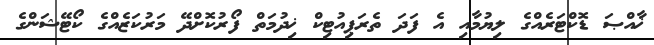
ޚާއްޞަ ޑޮކްޓަރެއްގެ ލިޔުމާއި އެ ފަދަ ތެރަޕިއުޓިކް ޚިދުމަތް ފޯރުކޮށްދޭ މަރުކަޒެއްގެ ކޯޓޭޝަންގެ